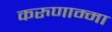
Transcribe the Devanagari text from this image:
करुणाम्मा